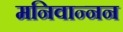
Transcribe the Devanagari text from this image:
मनिवान्नन